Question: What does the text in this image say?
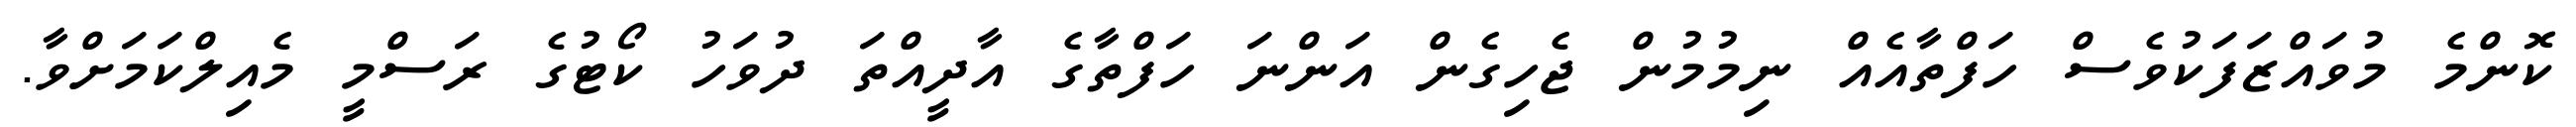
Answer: ކޮންމެ މުވައްޒަފަކުވެސް ހަފްތާއެއް ނިމުމުން ޖެހިގެން އަންނަ ހަފްތާގެ އާދީއްތަ ދުވަހު ކޯޓުގެ ރަސްމީ މެއިލްކަމަށްވާ.